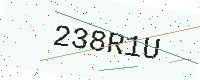
Text: 238R1U